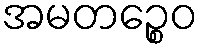
အမတဉ္စေဝ